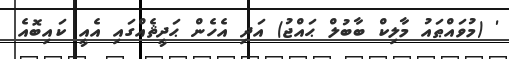
' (މުވައްޠައު މާލިކް ބާބުލް ޙައްޖު) އަދި އެހެން ޙަދީޘެއްގައި އެއީ ކައިބޮއެ